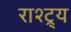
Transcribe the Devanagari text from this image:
राश्ट्र्य